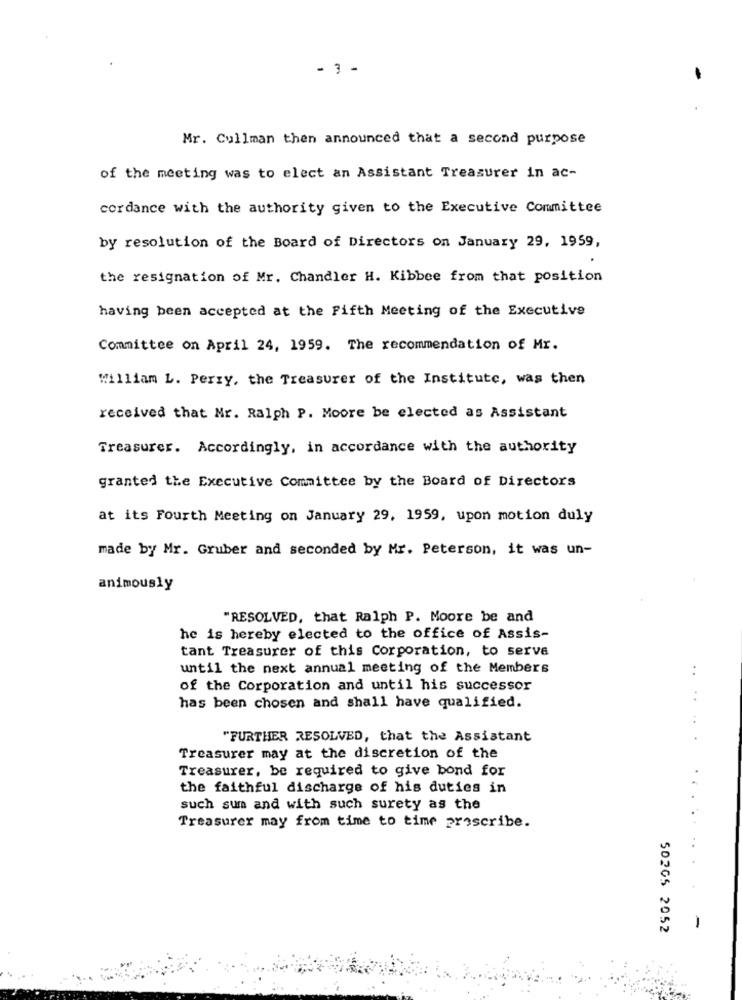
- 1 -
Mr. Cullman then announced that a second purpose
of the meeting was to elect an Assistant Treasurer in ac-
cordance with the authority given to the Executive Committee
by resolution of the Board of Directors on January 29, 1959,
the resignation of Mr. Chandler H. Kibbee from that position
having been accepted at the Fifth Meeting of the Executive
Committee on April 24, 1959. The recommendation of Mr.
William L. Perry, the Treasurer of the Institute, was then
received that Mr. Ralph P. Moore be elected as Assistant
Treasurer. Accordingly, in accordance with the authority
granted the Executive Committee by the Board of Directors
at its Fourth Meeting on January 29, 1959, upon motion duly
made by Mr. Gruber and seconded by Mr. Peterson, it was un-
animously
"RESOLVED, that Ralph P. Moore be and
he is hereby elected to the office of Assis-
tant Treasurer of this Corporation, to serve
until the next annual meeting of the Members
..
of the Corporation and until his successor
has been chosen and shall have qualified.
"FURTHER RESOLVED, that the Assistant
Treasurer may at the discretion of the
Treasurer, be required to give bond for
the faithful discharge of his duties in
such sum and with such surety as the
Treasurer may from time to time proscribe.
50205 2052
-